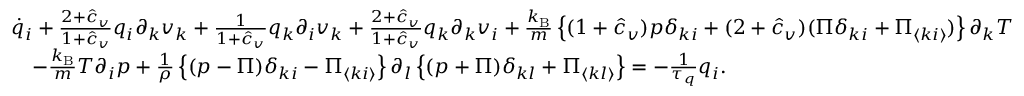
\begin{array} { r l } & { { \dot { q } _ { i } + \frac { 2 + \hat { c } _ { v } } { 1 + \hat { c } _ { v } } q _ { i } \partial _ { k } v _ { k } + \frac { 1 } { 1 + \hat { c } _ { v } } q _ { k } \partial _ { i } v _ { k } + \frac { 2 + \hat { c } _ { v } } { 1 + \hat { c } _ { v } } q _ { k } \partial _ { k } v _ { i } } + \frac { k _ { \mathrm { B } } } { m } \left\{ ( 1 + \hat { c } _ { v } ) p \delta _ { k i } + ( 2 + \hat { c } _ { v } ) ( \Pi \delta _ { k i } + \Pi _ { \langle k i \rangle } ) \right\} \partial _ { k } T } \\ & { { \quad - \frac { k _ { \mathrm { B } } } { m } T \partial _ { i } p + \frac { 1 } { \rho } \left\{ ( p - \Pi ) \delta _ { k i } - \Pi _ { \langle k i \rangle } \right\} \partial _ { l } \left\{ ( p + \Pi ) \delta _ { k l } + \Pi _ { \langle k l \rangle } \right\} = - \frac { 1 } { \tau _ { q } } q _ { i } . } } \end{array}